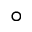
^ { \circ }